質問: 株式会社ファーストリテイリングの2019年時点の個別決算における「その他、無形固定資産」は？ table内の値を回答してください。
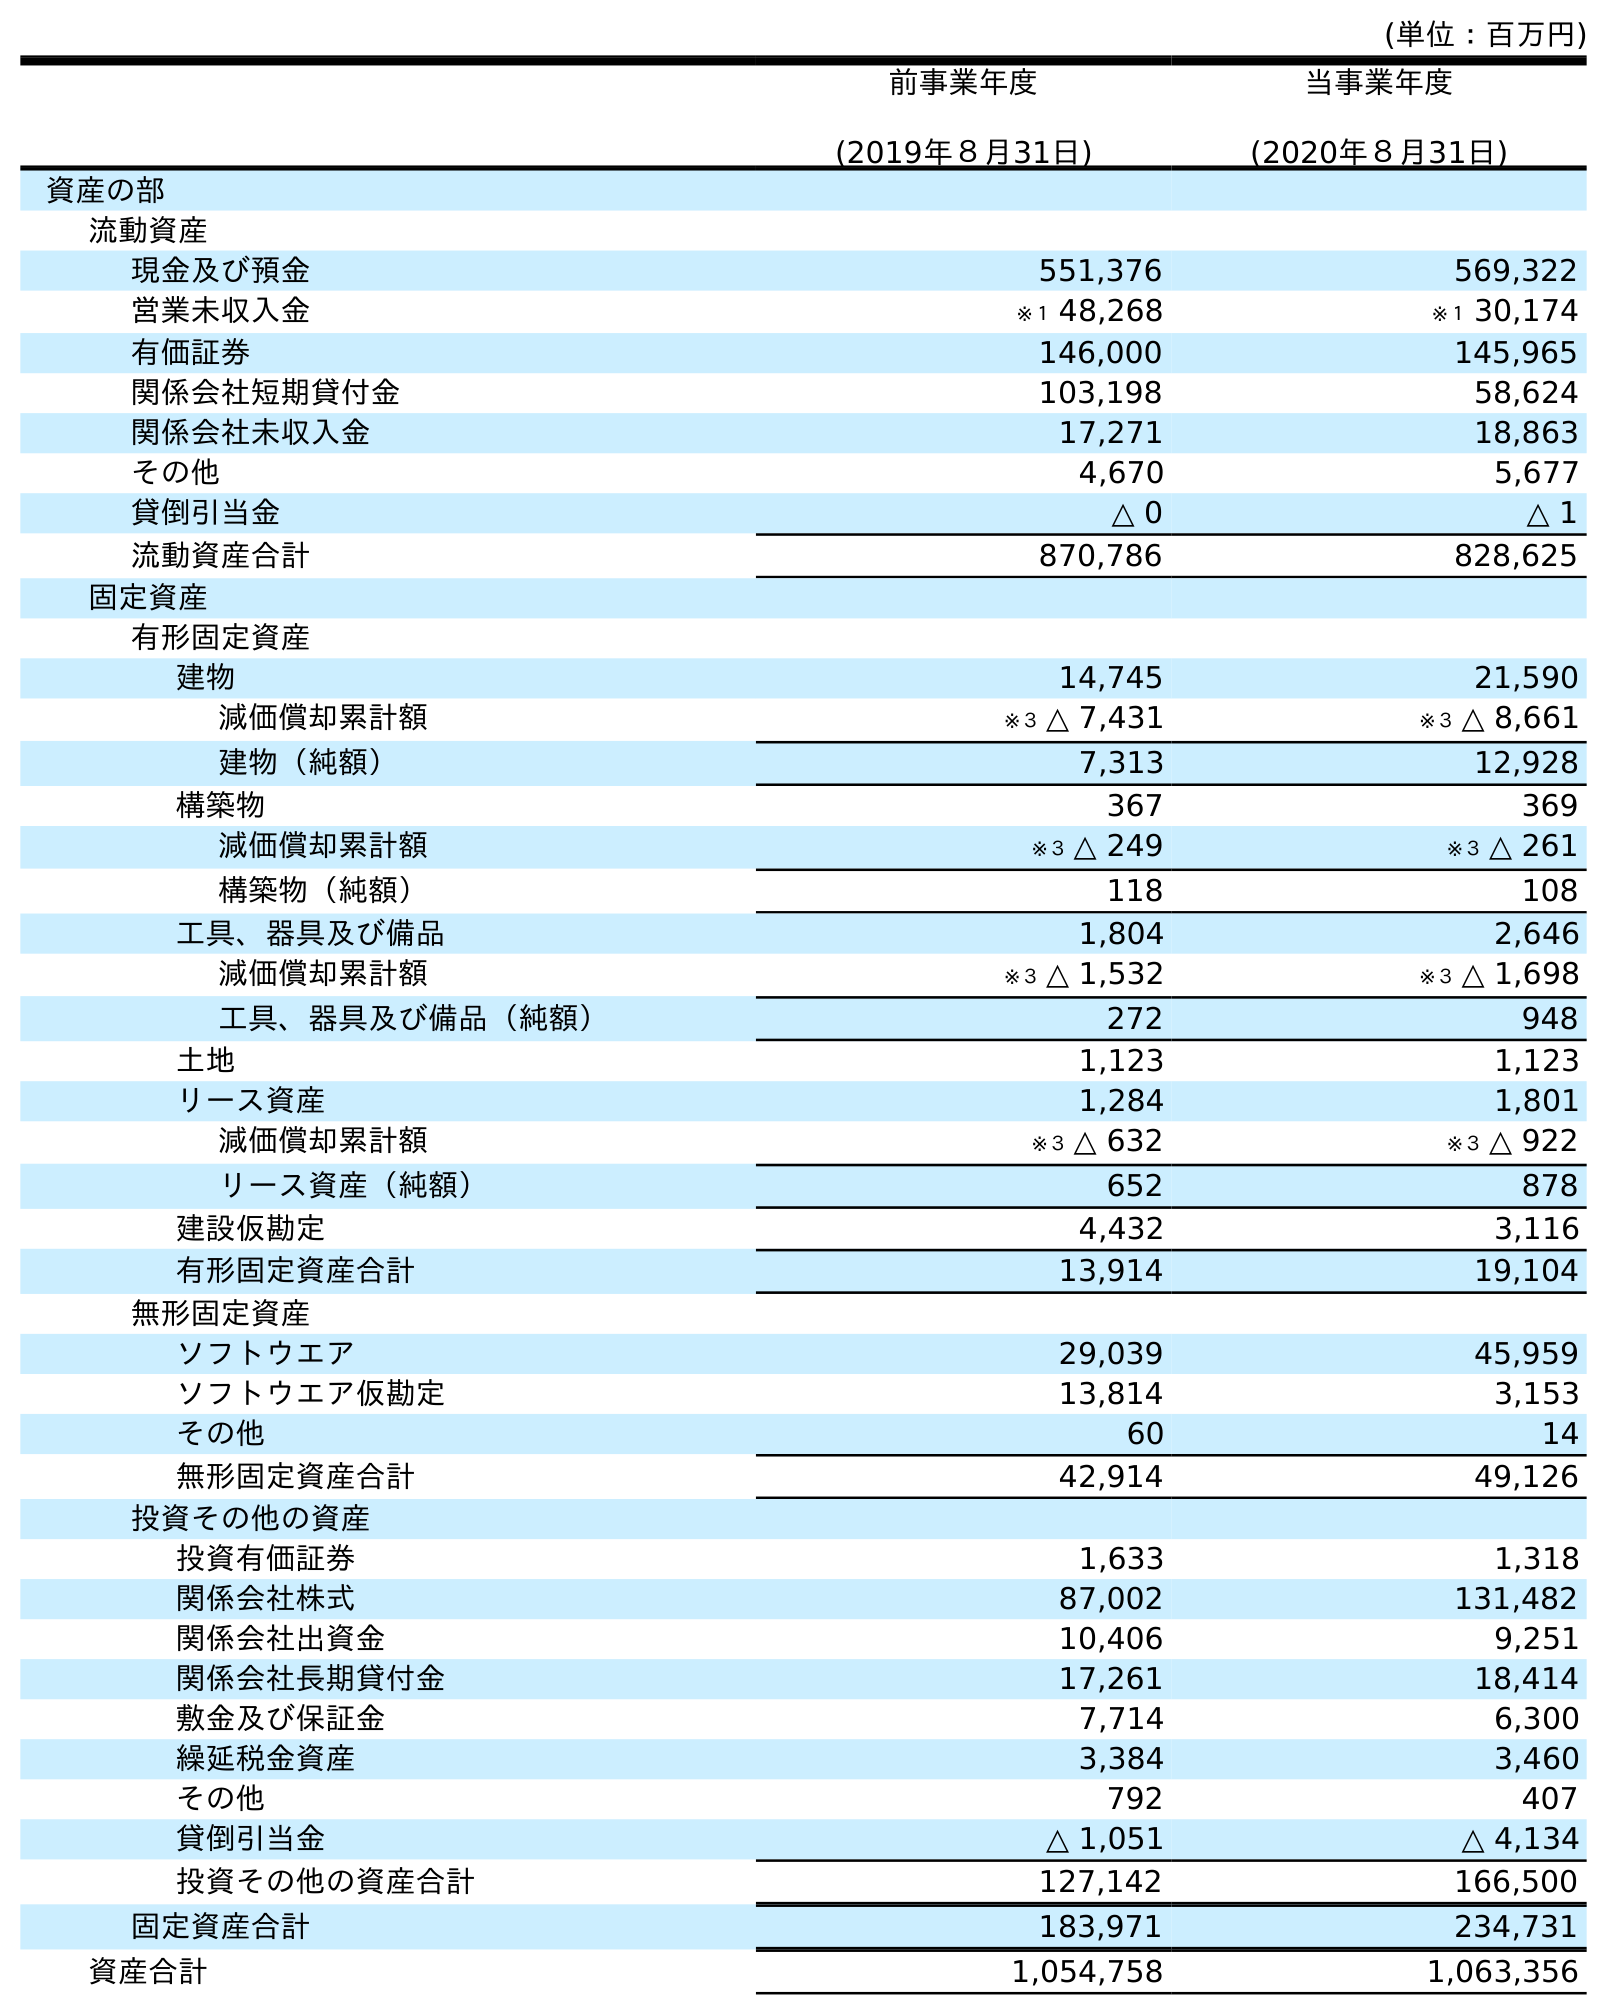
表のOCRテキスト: (単位：百万円) 前事業年度 (2019年８月31日) 当事業年度 (2020年８月31日) 資産の部 流動資産 現金及び預金 551,376 569,322 営業未収入金 ※１ 48,268 ※１ 30,174 有価証券 146,000 145,965 関係会社短期貸付金 103,198 58,624 関係会社未収入金 17,271 18,863 その他 4,670 5,677 貸倒引当金 △ 0 △ 1 流動資産合計 870,786 828,625 固定資産 有形固定資産 建物 14,745 21,590 減価償却累計額 ※３ △ 7,431 ※３ △ 8,661 建物（純額） 7,313 12,928 構築物 367 369 減価償却累計額 ※３ △ 249 ※３ △ 261 構築物（純額） 118 108 工具、器具及び備品 1,804 2,646 減価償却累計額 ※３ △ 1,532 ※３ △ 1,698 工具、器具及び備品（純額） 272 948 土地 1,123 1,123 リース資産 1,284 1,801 減価償却累計額 ※３ △ 632 ※３ △ 922 リース資産（純額） 652 878 建設仮勘定 4,432 3,116 有形固定資産合計 13,914 19,104 無形固定資産 ソフトウエア 29,039 45,959 ソフトウエア仮勘定 13,814 3,153 その他 60 14 無形固定資産合計 42,914 49,126 投資その他の資産 投資有価証券 1,633 1,318 関係会社株式 87,002 131,482 関係会社出資金 10,406 9,251 関係会社長期貸付金 17,261 18,414 敷金及び保証金 7,714 6,300 繰延税金資産 3,384 3,460 その他 792 407 貸倒引当金 △ 1,051 △ 4,134 投資その他の資産合計 127,142 166,500 固定資産合計 183,971 234,731 資産合計 1,054,758 1,063,356
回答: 60